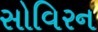
સોવિરન